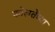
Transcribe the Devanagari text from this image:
कोलतेंच्या